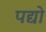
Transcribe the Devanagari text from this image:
पद्यो